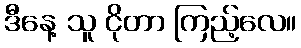
ဒီနေ့ သူ ငိုတာ ကြည့်လေ။